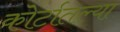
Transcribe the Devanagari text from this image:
कोर्टातल्या